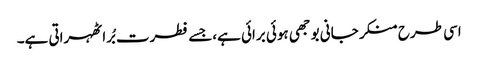
اسی طرح منکر جانی بوجھی ہوئی برائی ہے،جسے فطرت بُرا ٹھہراتی ہے۔